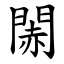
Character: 䦝